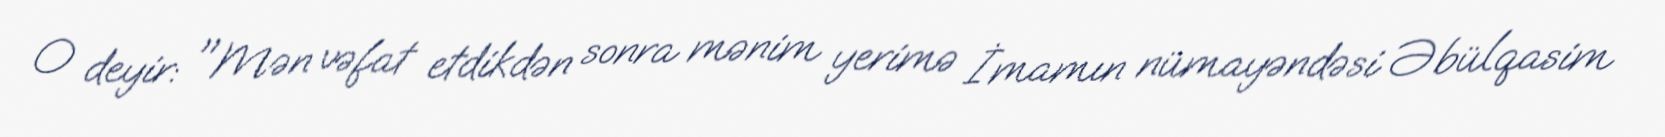
O deyir: "Mən vəfat etdikdən sonra mənim yerimə İmamın nümayəndəsi Əbülqasim